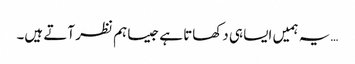
…یہ ہمیں ایسا ہی دکھاتا ہے جیسا ہم نظر آتے ہیں۔